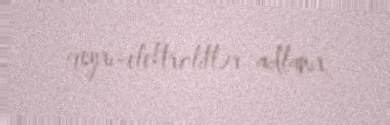
qeyri-elektrolitlər adlanır.